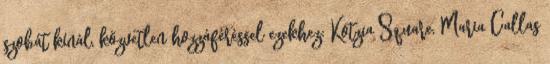
szobát kínál, közvetlen hozzáféréssel ezekhez: Kotzia Square, Maria Callas